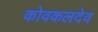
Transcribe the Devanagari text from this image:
कोवकलदेव